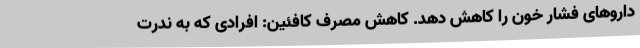
داروهای فشار خون را کاهش دهد. کاهش مصرف کافئین: افرادی که به ندرت